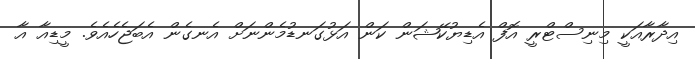
އިދާރާއަކީ މިނިސްޓްރީ އޮފް އެޑިޔުކޭޝަން ކަން އަޅުގަނޑުމެންނަށް އެނގެން އެބަޖެހެއެވެ. މީޑިއާ އާ